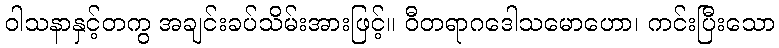
ဝါသနာနှင့်တကွ အချင်းခပ်သိမ်းအားဖြင့်။ ဝီတရာဂဒေါသမောဟော၊ ကင်းပြီးသော